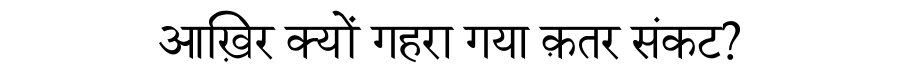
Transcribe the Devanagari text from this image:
आख़िर क्यों गहरा गया क़तर संकट?